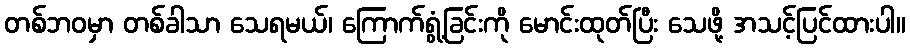
တစ်ဘဝမှာ တစ်ခါသာ သေရမယ်၊ ကြောက်ရွံ့ခြင်းကို မောင်းထုတ်ပြီး သေဖို့ အသင့်ပြင်ထားပါ။